Annual report of the Imperial Bacteriologist
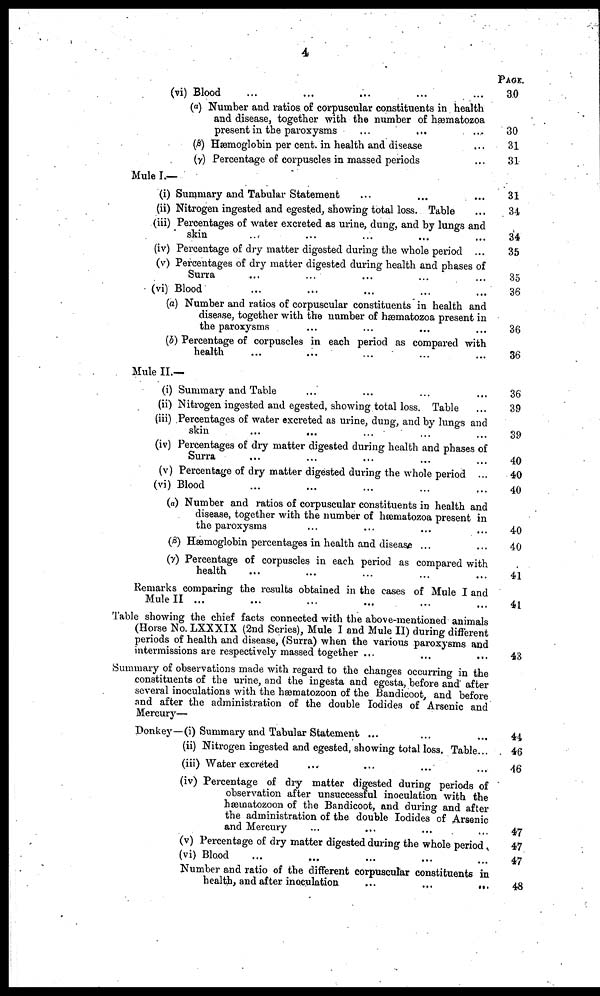
4
(vi) Blood
(α) Number and ratios of corpuscular constituents in health
and disease, together with the number of hæmatozoa
present in the paroxysms
(β) Hæmoglobin per cent. in health and disease
(γ) Percentage of corpuscles in massed periods
Mule I.—
(i) Summary and Tabular Statement
(ii) Nitrogen ingested and egested, showing total loss. Table
(iii) Percentages of water excreted as urine, dung, and by lungs and
skin
....
(iv) Percentage of dry matter digested during the whole period ...
(v) Percentages of dry matter digested during health and phases of
Surra
(vi) Blood
(a) Number and ratios of corpuscular constituents in health and
disease, together with the number of hæmatozoa present in
the paroxysms
(b) Percentage of corpuscles in each period as compared with
health
Mule II.—
(i) Summary and Table
(ii) Nitrogen ingested and egested, showing total loss. Table
(iii) Percentages of water excreted as urine, dung, and by lungs and
skin
...
...
(iv) Percentages of dry matter digested during health and phases of
Surra
(v) Percentage of dry matter digested during the whole period ...
(vi) Blood
(α) Number and ratios of corpuscular constituents in health and
disease, together with the number of hæmatozoa present in
the paroxysms
(β) Hæmoglobin percentages in health and disease ...
(γ) Percentage of corpuscles in each period as compared with
health
Remarks comparing the results obtained in the cases of Mule I and
Mule II ...
Table showing the chief facts connected with the above-mentioned animals
(Horse No. LXXXIX (2nd Series), Mule I and Mule II) during different
periods of health and disease, (Surra) when the various paroxysms and
intermissions are respectively massed together ...
...
...
Summary of observations made with regard to the changes occurring in the
constituents of the urine, and the ingesta and egesta, before and after
several inoculations with the hæmatozoon of the Bandicoot, and before
and after the administration of the double Iodides of Arsenic and
Mercury—
Donkey—(i) Summary and Tabular Statement ...
(ii) Nitrogen ingested and egested, showing total loss, Table...
(iii) Water excreted
(iv) Percentage of dry matter digested during periods of
observation after unsuccessful inoculation with the
hæmatozoon of the Bandicoot, and during and after
the administration of the double Iodides of Arsenic
and Mercury
(v) Percentage of dry matter digested during the whole period.
(vi) Blood
...
...
Number and ratio of the different corpuscular constituents in
healthy and after inoculation
...
...
...
PAGE
30
30
31
31
31
34
34
35
35
36
36
36
36
39
39
40
40
40
40
40
41
41
43
44
46
46
47
47
47
48